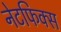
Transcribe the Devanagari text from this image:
नेटफिक्स